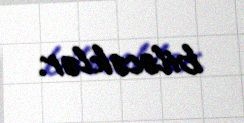
biləcəklər.